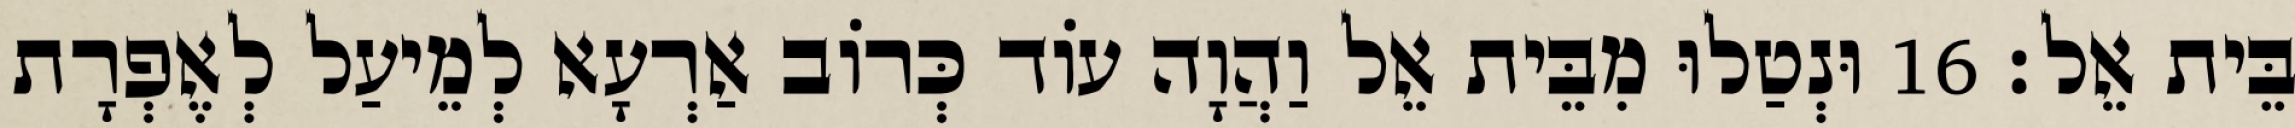
בֵּית אֵל׃ 16 וּנְטַלוּ מִבֵּית אֵל וַהֲוָה עוֹד כְּרוֹב אַרְעָא לְמֵיעַל לְאֶפְרָת